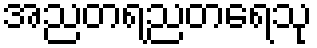
အညတရညတရေသု